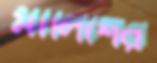
মালিশের